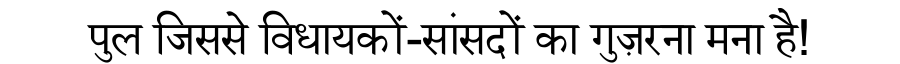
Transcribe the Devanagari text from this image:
पुल जिससे विधायकों-सांसदों का गुज़रना मना है!